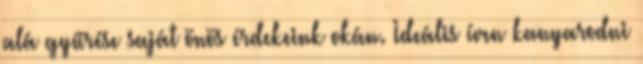
alá gyűrése saját önös érdekeink okán. Ideális íven kanyarodni